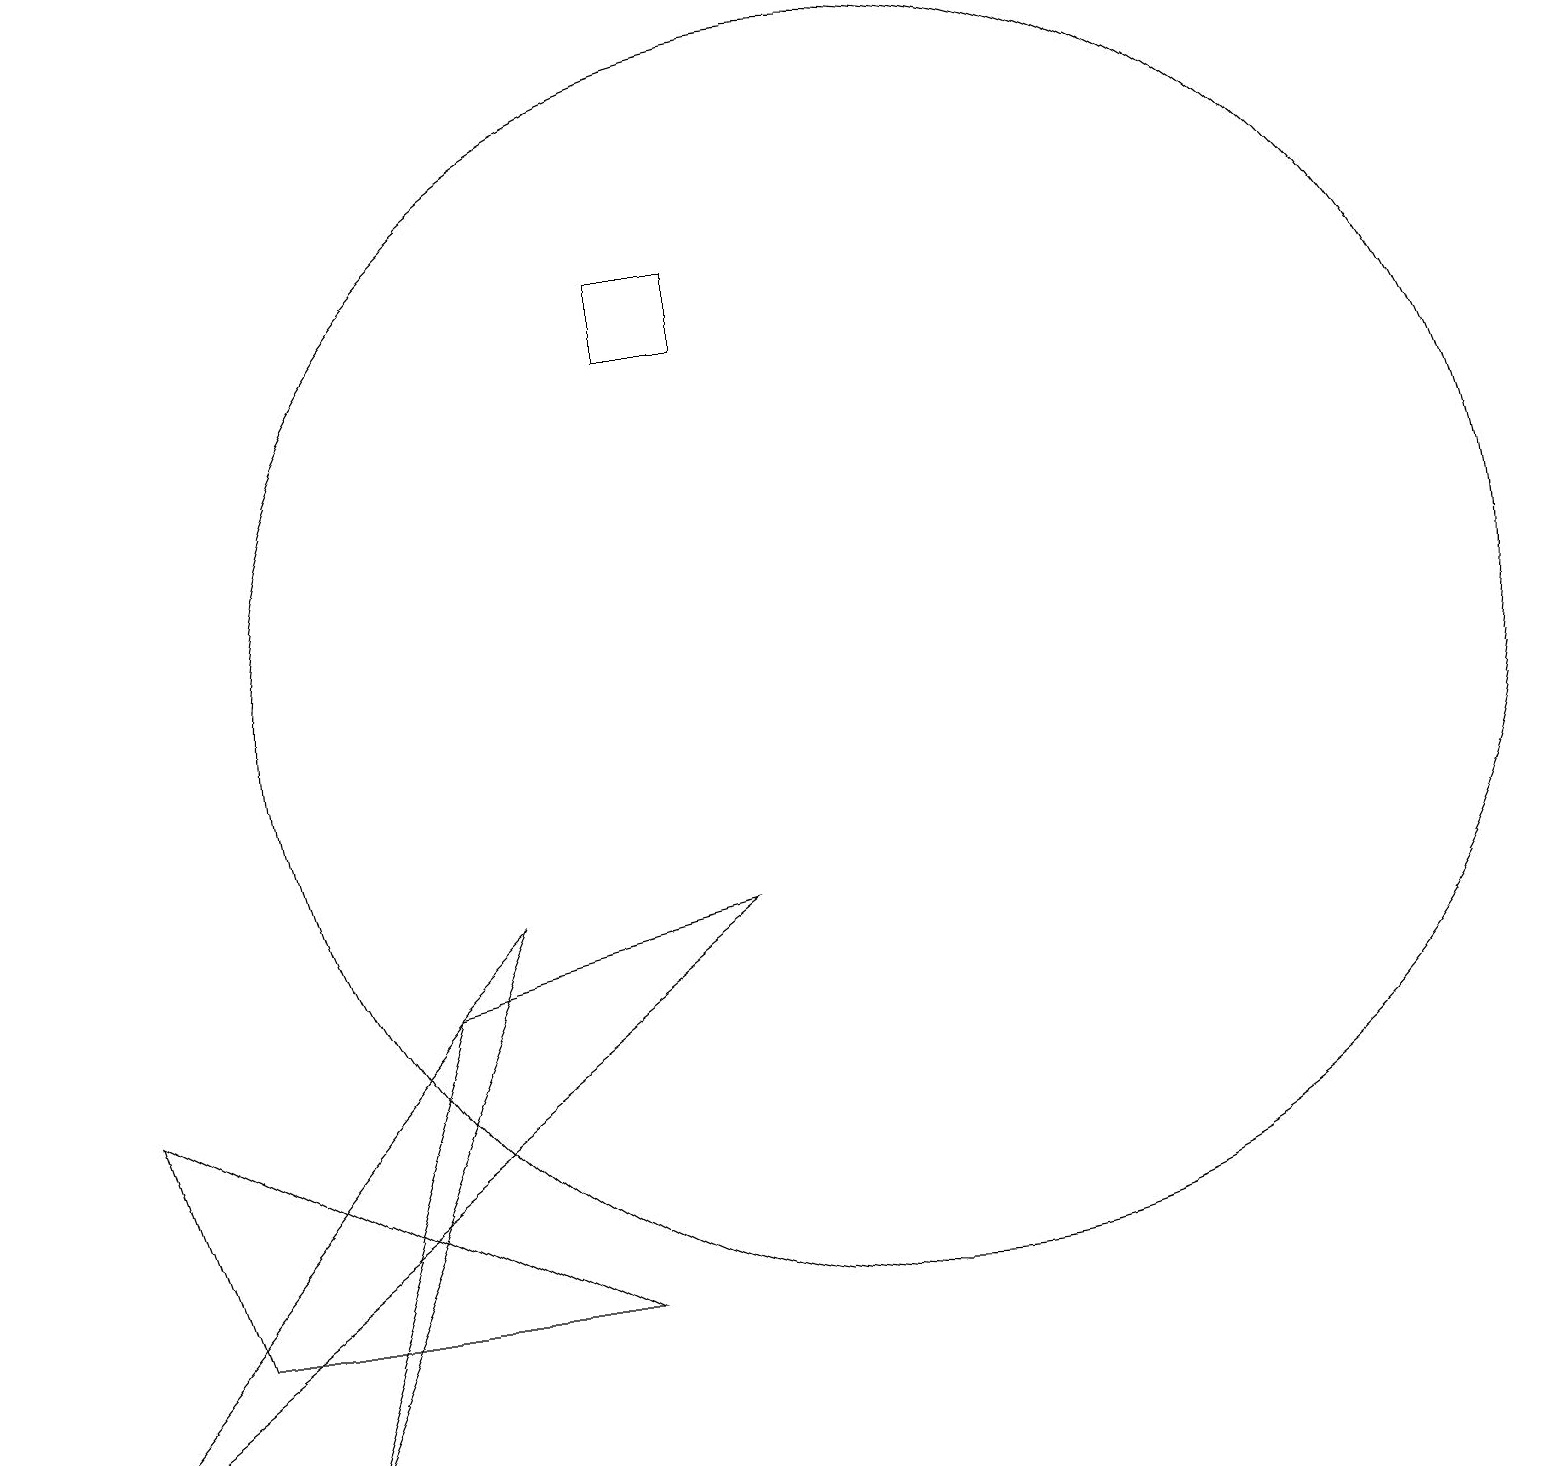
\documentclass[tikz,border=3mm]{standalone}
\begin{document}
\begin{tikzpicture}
\draw (6,9) -- (3,2) -- (5,8) -- cycle;
\draw (5,8) -- (9,9) -- (0,2) -- cycle;
\draw (11,12) circle (8);
\draw (8,17) rectangle (9,16);
\draw (7,4) -- (2,4) -- (1,7) -- cycle;
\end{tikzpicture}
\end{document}